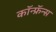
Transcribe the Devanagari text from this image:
कॉन्फ्रॅन्स